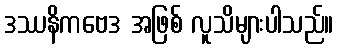
ဒဿနိကဗေဒ အဖြစ် လူသိများပါသည်။